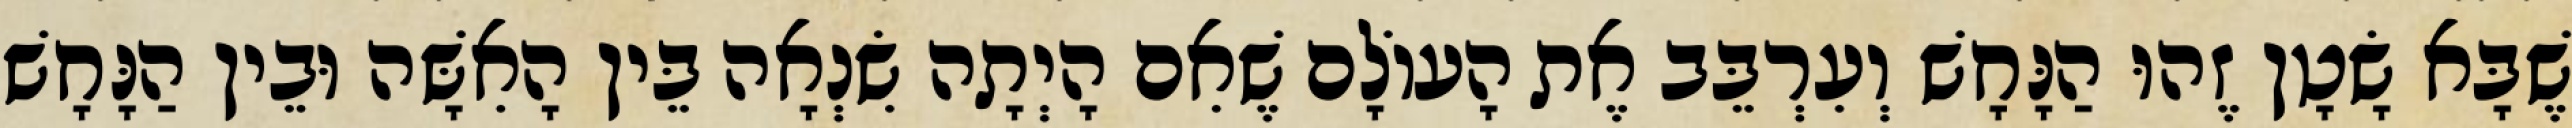
שֶׁבָּא שָׂטָן זֶהוּ הַנָּחָשׁ וְעִרְבֵּב אֶת הָעוֹלָם שֶׁאִם הָיְתָה שִׂנְאָה בֵּין הָאִשָּׁה וּבֵין הַנָּחָשׁ